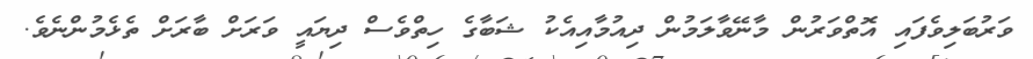
ވަރުބަލިވެފައި އޮތްވަރުން މާނޭވާލަމުން ދިއުމާއިއެކު ޝަބާގެ ހިތްވެސް ދިޔައީ ވަރަށް ބާރަށް ތެޅެމުންނެވެ.